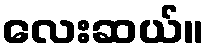
လေးဆယ်။